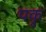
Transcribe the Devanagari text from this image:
पकृ